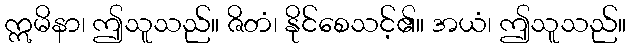
ဣမိနာ၊ ဤသူသည်။ ဇိတံ၊ နိုင်စေသင့်၏။ အယံ၊ ဤသူသည်။